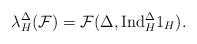
LaTeX: \begin{align*} \lambda_{H}^{\Delta}(\mathcal{F})={\mathcal{F}(\Delta,\mathrm{Ind}_{H}^{\Delta}1_H}).\end{align*}